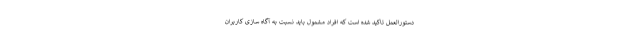
دستورالعمل تاکید شده است که افراد مشمول باید نسبت به آگاه سازی کاربران